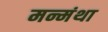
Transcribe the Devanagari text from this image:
मन्मंथा